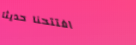
افتتحنا حديثاً